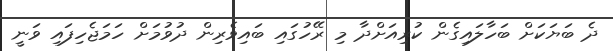
ދެ ބަޔަކަށް ބަހާލައިގެން ކުރިއަށްދާ މި ރޭހުގައި ބައިވެރިން ދުވުމަށް ހަމަޖެހިފައި ވަނީ